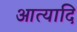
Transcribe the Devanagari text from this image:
आत्यादि